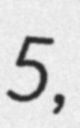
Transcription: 5,